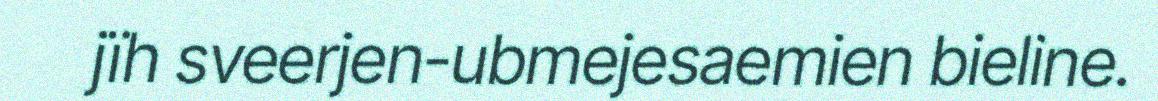
jïh sveerjen-ubmejesaemien bieline.